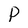
Character: P